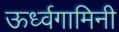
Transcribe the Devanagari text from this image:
ऊर्ध्वगामिनी